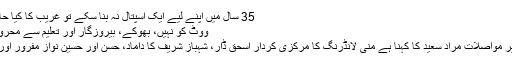
35 سال میں اپنے لیے ایک اسپتال نہ بنا سکے تو غریب کا کیا حال ہوگا: مراد سعید -
ووٹ کو نہیں، بھوکے، بیروزگار اور تعلیم سے محروم ووٹر کو عزت دو
اسلام آباد: وفاقی وزیر مواصلات مراد سعید کا کہنا ہے منی لانڈرنگ کا مرکزی کردار اسحٰق ڈار، شہباز شریف کا داماد، حسن اور حسین نواز مفرور اور ملک سے باہر ہیں۔